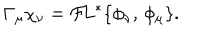
{ \bf \Gamma } _ { \mu } \chi _ { \nu } = { \cal F } \! L ^ { * } \{ \phi _ { \nu } , \, \phi _ { \mu } \} .